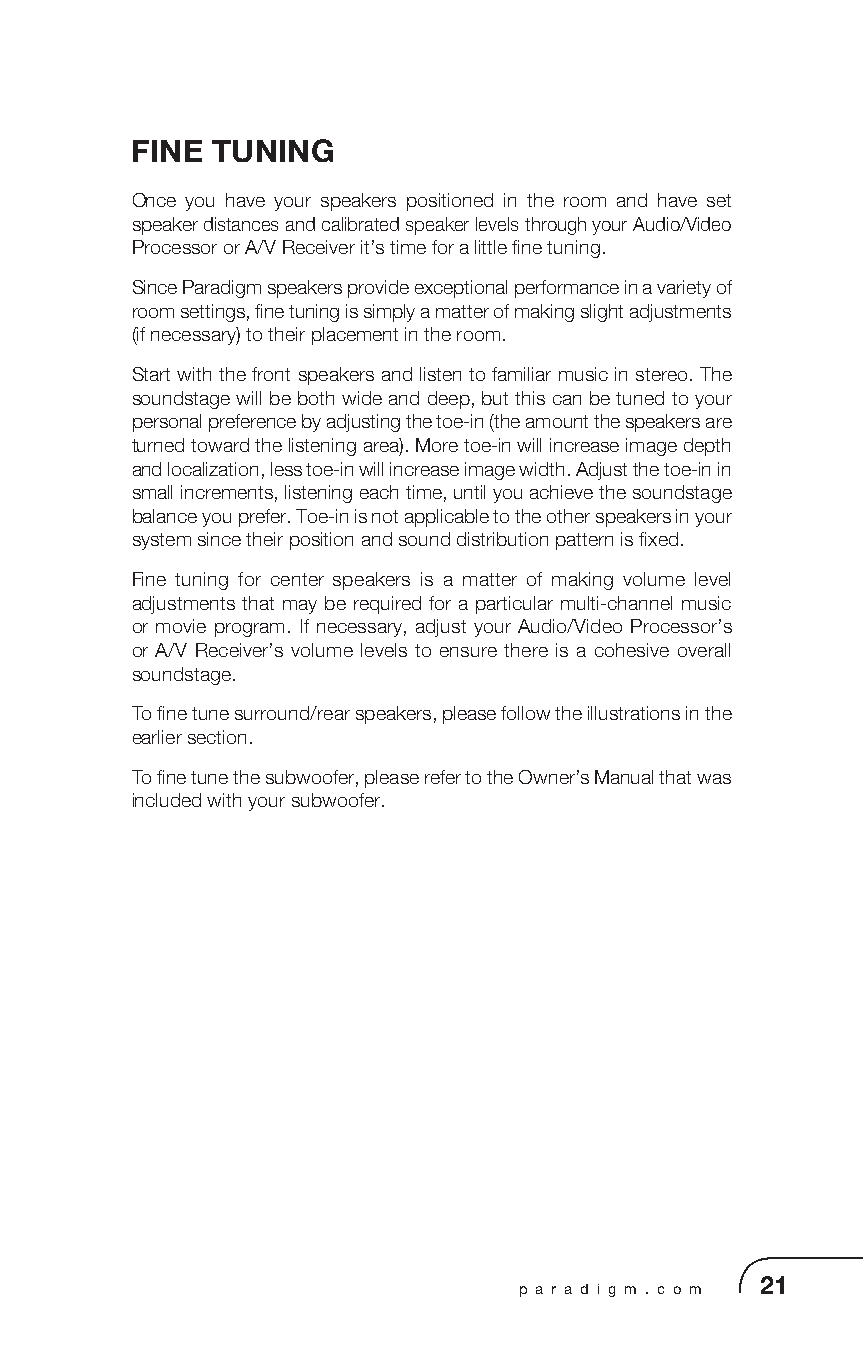
FINE TUNING
 Once you have your speakers positioned in the room and have set
 speaker distances and calibrated speaker levels through your Audio/Video
 Processor or A/V Receiver it’s time for a little fine tuning.
 Since Paradigm speakers provide exceptional performance in a variety of
 room settings, fine tuning is simply a matter of making slight adjustments
 (if necessary) to their placement in the room.
 Start with the front speakers and listen to familiar music in stereo. The
 soundstage will be both wide and deep, but this can be tuned to your
 personal preference by adjusting the toe-in (the amount the speakers are
 turned toward the listening area). More toe-in will increase image depth
 and localization, less toe-in will increase image width. Adjust the toe-in in
 small increments, listening each time, until you achieve the soundstage
 balance you prefer. Toe-in is not applicable to the other speakers in your
 system since their position and sound distribution pattern is fixed.
 Fine tuning for center speakers is a matter of making volume level
 adjustments that may be required for a particular multi-channel music
 or movie program. If necessary, adjust your Audio/Video Processor’s
 or A/V Receiver’s volume levels to ensure there is a cohesive overall
 soundstage.
 To fine tune surround/rear speakers, please follow the illustrations in the
 earlier section.
 To fine tune the subwoofer, please refer to the Owner’s Manual that was
 included with your subwoofer.
 p a r a d i g m . c o m 21